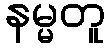
နမ္မတူ